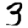
Digit: 3